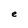
Character: e